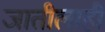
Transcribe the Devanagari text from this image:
जातीलाही